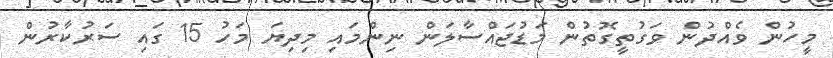
މީހުން ވެއްދުން ވަގުތީގޮތުން މަޑުޖައްސާލަން ނިންމައި މިދިޔަ މަހު 15 ގައި ސަރުކާރުން